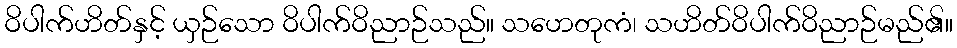
ဝိပါက်ဟိတ်နှင့် ယှဉ်သော ဝိပါက်ဝိညာဉ်သည်။ သဟေတုကံ၊ သဟိတ်ဝိပါက်ဝိညာဉ်မည်၏။